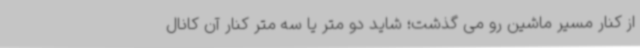
از کنار مسیر ماشین رو می گذشت؛ شاید دو متر یا سه متر کنار آن کانال